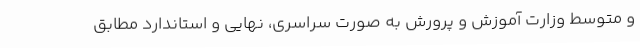
و متوسط وزارت آموزش و پرورش به صورت سراسری، نهایی و استاندارد مطابق